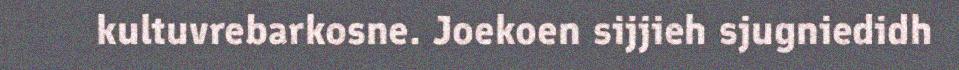
kultuvrebarkosne. Joekoen sijjieh sjugniedidh